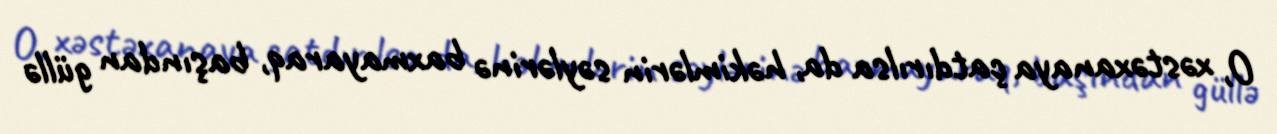
O, xəstəxanaya çatdırılsa da, həkimlərin səylərinə baxmayaraq, başından güllə